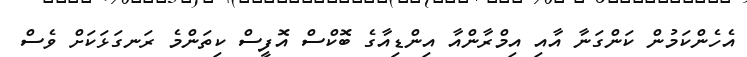
އެހެންކަމުން ކަންގަނާ އާއި އިމްރާންއާ އިންޑިއާގެ ބޮކްސް އޮފީސް ކިތަންމެ ރަނގަޅަކަށް ވެސް